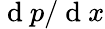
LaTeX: \mathrm{~d~}p/\mathrm{~d~}x